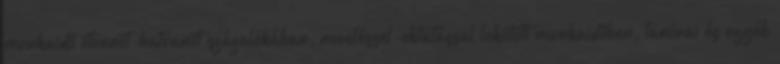
munkaidő ötvenöt-hatvanöt százalékában, neveléssel-oktatással lekötött munkaidőben, tanórai és egyéb